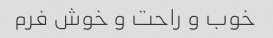
خوب و راحت و خوش فرم